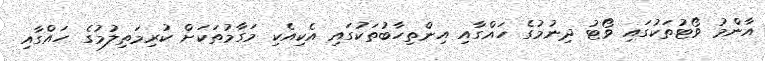
އާންމު ވޯޓުތަކުގައި ވޯޓު ދިނުމުގެ ހައްގާއި އިންތިހާބުތަކުގައި އެކިއެކި މަގާމުތަކަށް ކުރިމަތިލުމުގެ ހައްގާއި